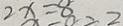
2 x = 8